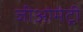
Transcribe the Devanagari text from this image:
जीओमेट्री